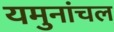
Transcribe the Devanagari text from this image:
यमुनांचल